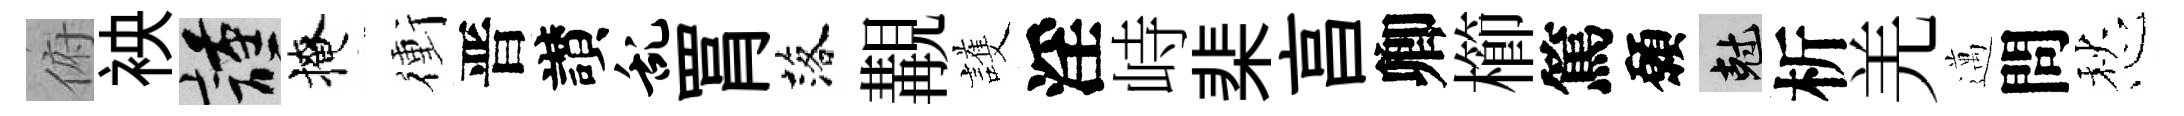
俯䘧謹掩衝晋讃乱罥落覯護淫峙棐亯卿櫛篤願剋析羌邁問愁